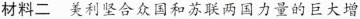
材料二美利坚合众国和苏联两国力量的巨大增